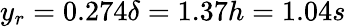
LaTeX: y_{r}=0.274\delta=1.37h=1.04s